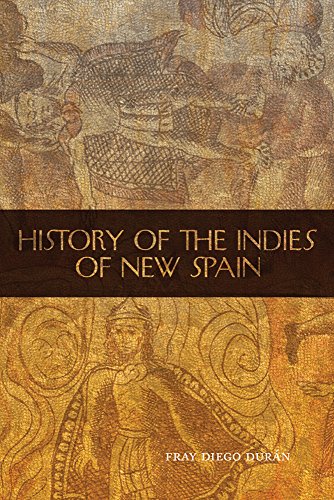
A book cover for History of the Indies of New Spain (The Civilization of the American Indian Series); Fray Diego Duran; History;